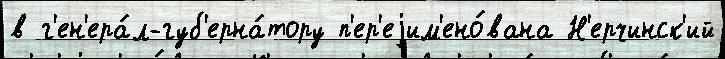
в г'ен'ера́л-губ'ерна́тору п'ер'еjим'ено́вана Н'ерчинск'ий